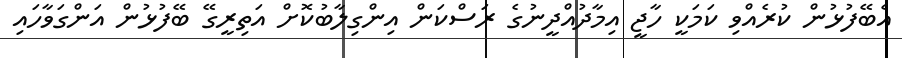
އެބޭފުޅުން ކުރެއްވި ކަމަކީ ހާޖީ އިމާދުއްދީނުގެ ރަސްކަން އިންގިލާބުކޮށް އަތިރީގޭ ބޭފުޅުން އަންގަވާހައި